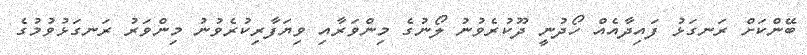
ބޭންކަށް ރަނގަޅު ފައިދާއެއް ހޯދުނީ ދޫކުރެވުނު ލޯނުގެ މިންވަރާއި ވިޔަފާރިކުރެވުނު މިންވަރު ރަނގަޅުވުމުގެ